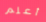
أعلم